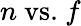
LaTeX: n\ \mathrm{vs.}\ f